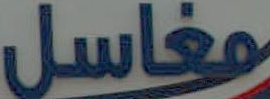
مغاسل